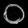
Digit: ၀